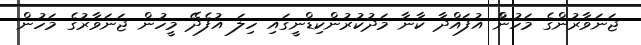
ޖަނަވާރުންގެ މަހުންް އުފައްދާ ކާނާ މަދުކުރުންކިޑްނީގައި ހިލަ އުފެދޭ މީހުން ޖަނަވާރުގެ މަހުން